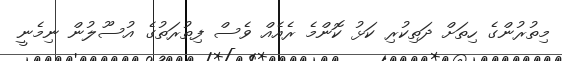
މިތުރުންގެ ހިތަށް ދަތިކުރި ކަޅު ކޮންމެ ރެއެއް ވެސް ފިތުރަތުގެ އުސޫލުން ނިމެނީ